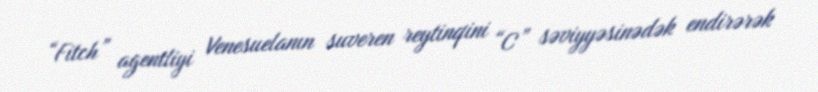
“Fitch” agentliyi Venesuelanın suveren reytinqini “C” səviyyəsinədək endirərək